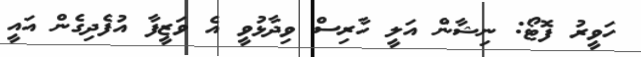
ހަވީރު ފޮޓޯ: ނިޝާން އަލީ ހާރިސް ވިދާޅުވީ އެ ވަޒީފާ އުފެދިގެން އައީ